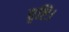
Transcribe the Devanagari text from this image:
वृष्टि।